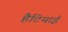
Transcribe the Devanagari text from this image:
हैटियाई